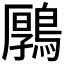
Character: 𪃱